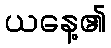
ယနေ့၏